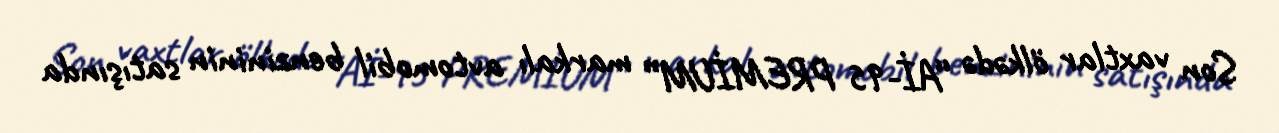
Son vaxtlar ölkədə “Aİ-95 PREMİUM” markalı avtomobil benzininin satışında